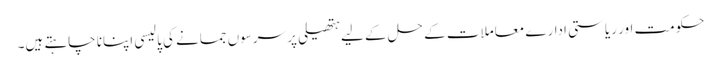
حکومت اور ریاستی ادارے معاملات کے حل کے لیے ہتھیلی پر سرسوں جمانے کی پالیسی اپنانا چاہتے ہیں۔